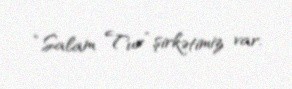
“Salam Tur” şirkətimiz var.